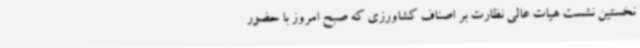
نخستین نشست هیات عالی نظارت بر اصناف کشاورزی که صبح امروز با حضور